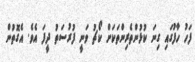
ފަހު ހާފުގައި ގިނަ ކުޅުންތެރިންތަކަށް ކޯޗު ވަނީ ފުރުސަތު ދީފަ އެވެ. އެގޮތުން